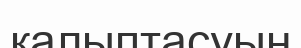
қалыптасуын